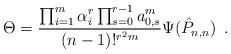
LaTeX: \begin{align*} \Theta=\dfrac{\prod_{i=1}^m\alpha^r_i\prod_{s=0}^{r-1}a_{0,s}^m}{(n-1)!^{r^2m}}\Psi({\hat{P}}_{n,n})\enspace.\end{align*}